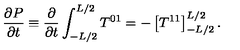
{ \frac { \partial P } { \partial t } } \equiv { \frac { \partial } { \partial t } } \int _ { - L / 2 } ^ { L / 2 } T ^ { 0 1 } = - \left[ T ^ { 1 1 } \right] _ { - L / 2 } ^ { L / 2 } .